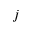
j